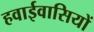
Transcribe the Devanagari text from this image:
हवाईवासियों